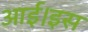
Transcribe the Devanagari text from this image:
आई।इस